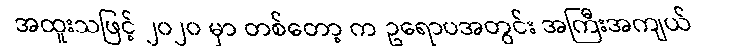
အထူးသဖြင့် ၂၀၂၀ မှာ တစ်တော့ က ဥရောပအတွင်း အကြီးအကျယ်